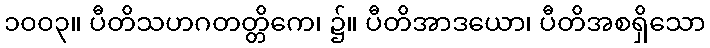
၁၀၀၃။ ပီတိသဟဂတတ္တိကေ၊ ၌။ ပီတိအာဒယော၊ ပီတိအစရှိသော